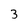
Character: 3